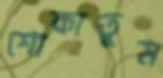
শোকাতুম